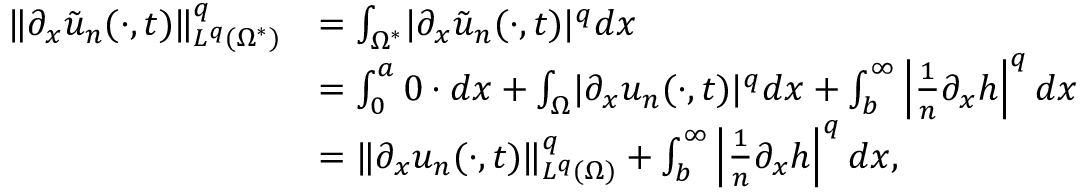
\begin{array} { r l } { \lVert \partial _ { x } \tilde { u } _ { n } ( \cdot , t ) \rVert _ { L ^ { q } ( \Omega ^ { * } ) } ^ { q } } & { = \int _ { \Omega ^ { * } } \lvert \partial _ { x } \tilde { u } _ { n } ( \cdot , t ) \rvert ^ { q } d x } \\ & { = \int _ { 0 } ^ { a } 0 \cdot d x + \int _ { \Omega } \lvert \partial _ { x } u _ { n } ( \cdot , t ) \rvert ^ { q } d x + \int _ { b } ^ { \infty } \left\vert \frac { 1 } { n } \partial _ { x } h \right\vert ^ { q } d x } \\ & { = \lVert \partial _ { x } u _ { n } ( \cdot , t ) \rVert _ { L ^ { q } ( \Omega ) } ^ { q } + \int _ { b } ^ { \infty } \left\vert \frac { 1 } { n } \partial _ { x } h \right\vert ^ { q } d x , } \end{array}